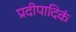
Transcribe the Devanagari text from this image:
प्रदीपादिकं